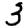
Digit: 3